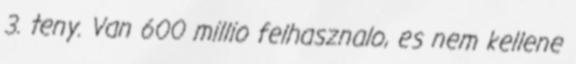
3. teny. Van 600 millio felhasznalo, es nem kellene